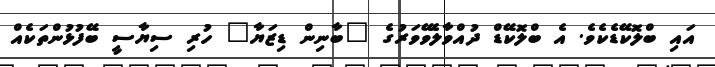
އައި ބްލޮކޭޑެކެވެ. އެ ބްލޮކޭޑް ދުއްވާލެވޭވަރުގެ "ބާނިން ޑިޒަޔާ" ހުރި ސިޔާސީ ބޭފުޅުންތަކެއް